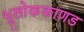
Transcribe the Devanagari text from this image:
भूलाेककाणड